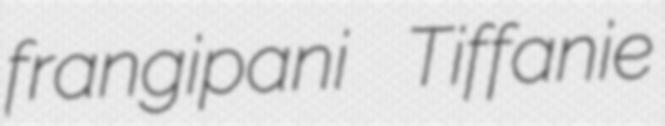
frangipani Tiffanie